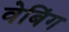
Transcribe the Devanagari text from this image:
वेबिंग